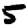
Digit: 5